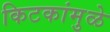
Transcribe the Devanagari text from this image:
किटकांमुळे